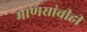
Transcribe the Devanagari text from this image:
माणसांचीही